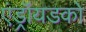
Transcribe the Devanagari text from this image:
एंड्रॉयडको